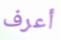
أعرف